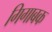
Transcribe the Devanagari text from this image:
गिगाबक